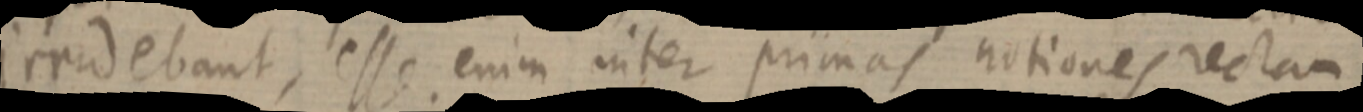
irradebant, esse enim inter primas notiones rectam